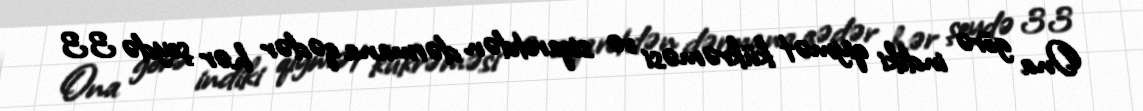
Ona görə indiki qiymət kükrəməsi və siqaretdən dərmana qədər hər şeydə 33